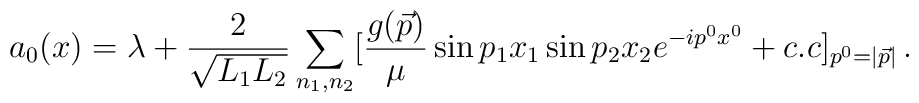
a_0(x)= \lambda  + {2 \over \sqrt {L_1L_2}}\sum_{n_1,n_2 }[ {g(\vec p)\over \mu}\sin p_1x_1 \sin p_2x_2 e^{-ip^0 x^0}+ c.c]_{p^0 = |\vec p|}\,.